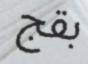
بقج